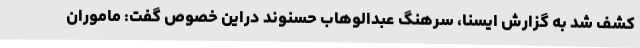
کشف شد به گزارش ایسنا، سرهنگ عبدالوهاب حسنوند دراین خصوص گفت: ماموران